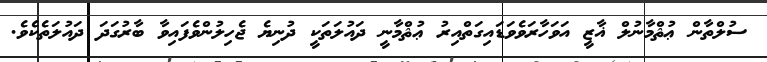
ސުލްތާން ޢުޘްމާނުލް ޣާޒީ އަވަހާރަވެވަޑައިގަތްއިރު ޢުޘްމާނީ ދައުލަތަކީ ދުނިޔެ ޖެހިލުންވެފައިވާ ބާރުގަދަ ދައުލަތެކެވެ.